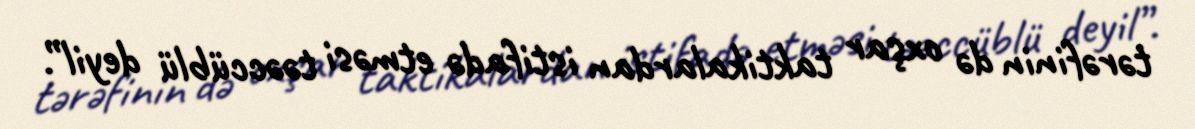
tərəfinin də oxşar taktikalardan istifadə etməsi təəccüblü deyil”.